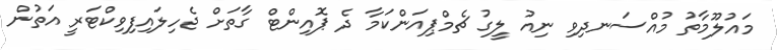
މައުލޫމާތު މުއްސަނދިވި ނިއު ލީގު ޗެމްޕިއަންކަމާ ދެ ޕޮއިންޓް ގާތަށް ޖެހިލައިފިވިކްޓަރީ އަތުން